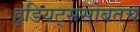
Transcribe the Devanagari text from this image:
इडियट्ससोबतच